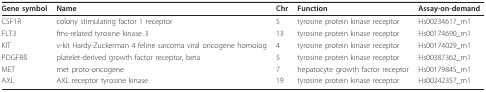
| Gene symbol | Name | Chr | Function | Assay-on-demand |
 | --- | --- | --- | --- | --- |
 | CSF1R | colony stimulating factor 1 receptor | 5 | tyrosine protein kinase receptor | Hs00234617_m1 |
 | FLT3 | fms-related tyrosine kinase 3 | 13 | tyrosine protein kinase receptor | Hs00174690_m1 |
 | KIT | v-kit Hardy-Zuckerman 4 feline sarcoma viral oncogene homolog | 4 | tyrosine protein kinase receptor | Hs00174029_m1 |
 | PDGFRß | platelet-derived growth factor receptor, beta | 5 | tyrosine protein kinase receptor | Hs00387362_m1 |
 | MET | met proto-oncogene | 7 | hepatocyte growth factor receptor | Hs00179845_m1 |
 | AXL | AXL receptor tyrosine kinase | 19 | tyrosine protein kinase receptor | Hs00242357_m1 |